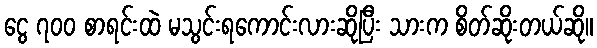
ငွေ ၇၀၀ စာရင်းထဲ မသွင်းရကောင်းလားဆိုပြီး သားက စိတ်ဆိုးတယ်ဆို။